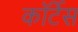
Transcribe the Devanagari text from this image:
कॉर्टेस